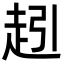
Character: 𮚵